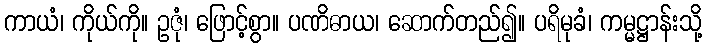
ကာယံ၊ ကိုယ်ကို။ ဥဇုံ၊ ဖြောင့်စွာ။ ပဏိဓာယ၊ ဆောက်တည်၍။ ပရိမုခံ၊ ကမ္မဋ္ဌာန်းသို့